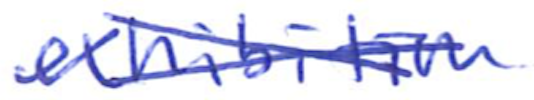
Text: exhibition
Cross-out: cross
Writing tool: ballpoint